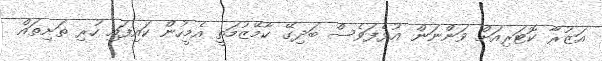
އަޒުރާ ކޮޓަރިއަށް ވަންނަން އުޅެފަވެސް ބަދިގޭ ކާމޭޒުމަތީ އެމީހުން ކައިފައި ހުރި ތަށިތައް